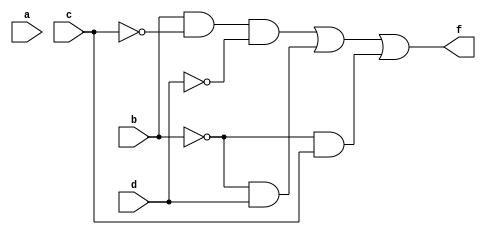
module q2(a,b,c,d,f);
input a,b,c,d;
output f;
assign f = (b & ~c & ~d) | (~b & d) | (~b & c);
endmodule